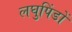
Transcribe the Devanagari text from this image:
लघुपिंडों